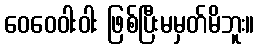
ဝေဝေဝါးဝါး ဖြစ်ပြီးမမှတ်မိဘူး။